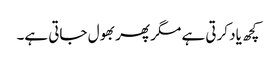
کچھ یاد کرتی ہے مگر پھر بھول جاتی ہے۔